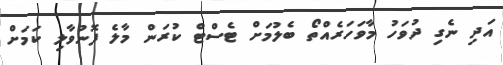
އަދި ނެގި ދުވަހު މާވަހަރެއްތޯ ބެލުމަށް ޓެސްޓް ކުރަން މާލެ ފޮނުވާލި ކަމަށް